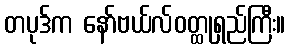
တပုဒ်က နော်ဗယ်လ်ဝတ္ထုရှည်ကြီး။